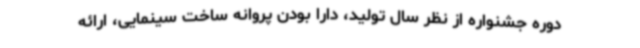
دوره جشنواره از نظر سال تولید، دارا بودن پروانه ساخت سینمایی، ارائه